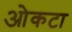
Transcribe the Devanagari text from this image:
ओकटा